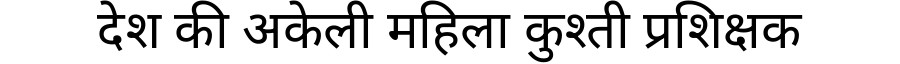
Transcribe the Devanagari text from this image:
देश की अकेली महिला कुश्ती प्रशिक्षक